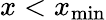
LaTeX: x<x_{\mathrm{min}}